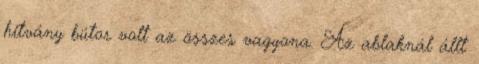
hitvány bútor volt az összes vagyona. Az ablaknál állt